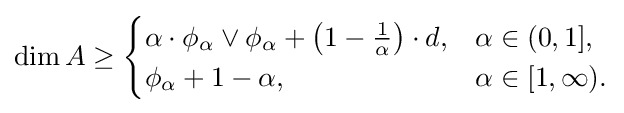
\dim A\geq {\begin{cases}\alpha \cdot \phi _{\alpha }\vee \phi _{\alpha }+\left(1-{\frac {1}{\alpha }}\right)\cdot d,&\alpha \in (0,1],\\\phi _{\alpha }+1-\alpha ,&\alpha \in [1,\infty ).\end{cases}}